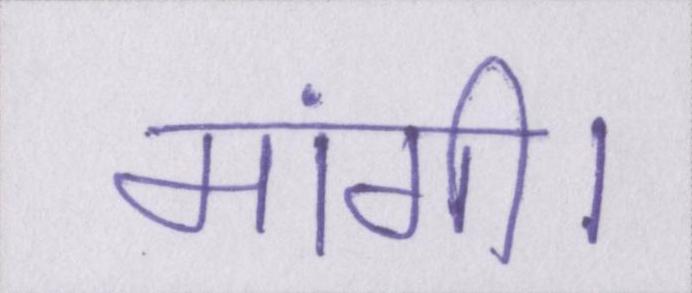
मांगी।